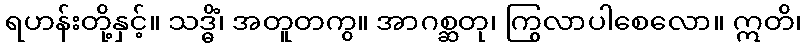
ရဟန်းတို့နှင့်။ သဒ္ဓိံ၊ အတူတကွ။ အာဂစ္ဆတု၊ ကြွလာပါစေလော။ ဣတိ၊